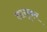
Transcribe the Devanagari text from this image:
लागूकर